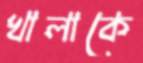
খালাকে